Vaccination North-Western Provinces and Oudh 1878-1895 - 1878-1895
Year: 1878
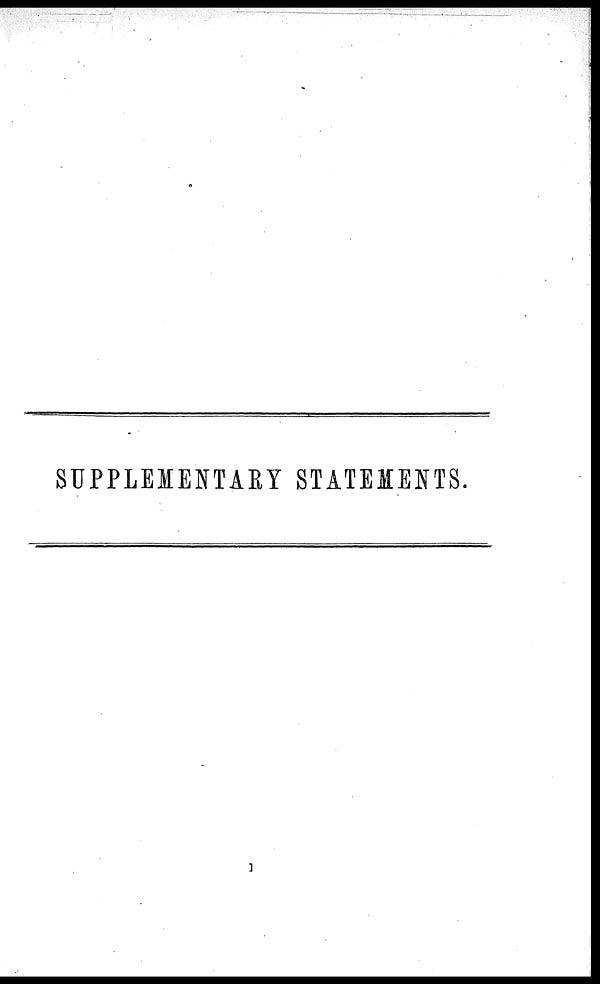
SUPPLEMENTARY STATEMENTS.
1